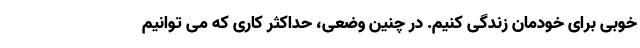
خوبی برای خودمان زندگی کنیم. در چنین وضعی، حداکثر کاری که می توانیم